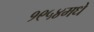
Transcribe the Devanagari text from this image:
१९५४मधे